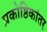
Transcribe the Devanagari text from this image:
प्रकोष्ठिकांतर